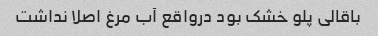
باقالی پلو خشک بود درواقع آب مرغ اصلا نداشت